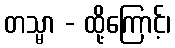
တသ္မာ - ထို့ကြောင့်၊